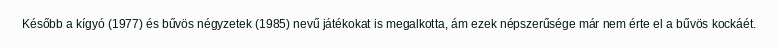
Később a kígyó (1977) és bűvös négyzetek (1985) nevű játékokat is megalkotta, ám ezek népszerűsége már nem érte el a bűvös kockáét.